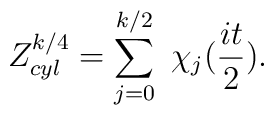
Z_{cyl}^{k/4} = \sum_{j=0}^{k/2} \ \chi_j(\frac{it}{2}).